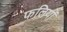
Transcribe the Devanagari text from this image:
फलियों